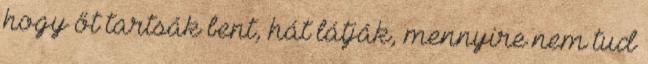
hogy őt tartsák bent, hát látják, mennyire nem tud